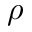
\rho